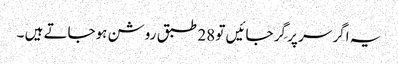
یہ اگر سر پر گِر جائیں تو 28 طبق روشن ہوجاتے ہیں ۔